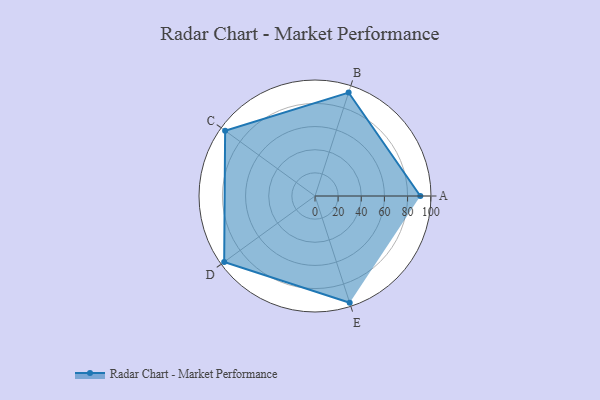
{"axis": {"x": "Skill", "y": "Score"}, "legend": ["Profile"], "data": [{"x": "A", "y": 91.0, "type": "Profile"}, {"x": "B", "y": 94.0, "type": "Profile"}, {"x": "C", "y": 96.0, "type": "Profile"}, {"x": "D", "y": 97.0, "type": "Profile"}, {"x": "E", "y": 97.0, "type": "Profile"}]}